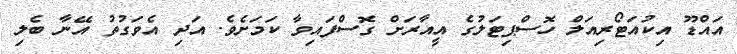
އައްޑޫ އިކުއަޓޯރިއަލް ހޮސްޕިޓަލުގެ އީއާރަށް ގޮސްފައިވާ ކަމަށެވެ. އަދި އެވަގުތު އޭނާ ބެލި